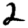
Digit: 2